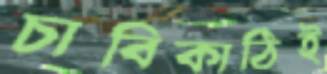
চাবিকাঠিই